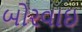
બોરવાઇ